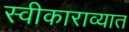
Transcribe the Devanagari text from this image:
स्वीकाराव्यात